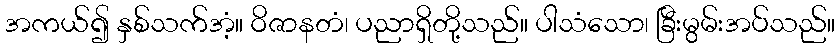
အကယ်၍ နှစ်သက်အံ့။ ဝိဇာနတံ၊ ပညာရှိတို့သည်။ ပါသံသော၊ ခြီးမွမ်းအပ်သည်။